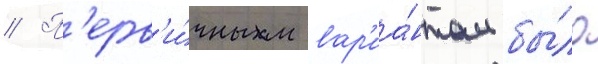
// П'ерв'и́чным вар'иа́нтом бы́ло